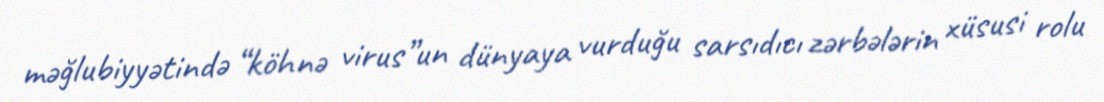
məğlubiyyətində “köhnə virus”un dünyaya vurduğu sarsıdıcı zərbələrin xüsusi rolu